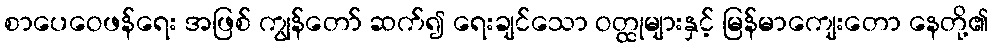
စာပေဝေဖန်ရေး အဖြစ် ကျွန်တော် ဆက်၍ ရေးချင်သော ဝတ္ထုများနှင့် မြန်မာကျေးတော နေတို့၏